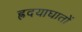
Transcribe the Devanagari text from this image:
ह्रदयाघातों